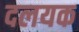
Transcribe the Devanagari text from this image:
दलयक